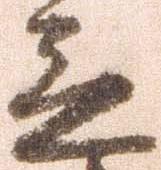
立